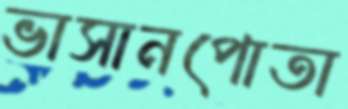
ভাসানপোতা